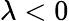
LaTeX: \lambda<0